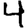
Digit: 4